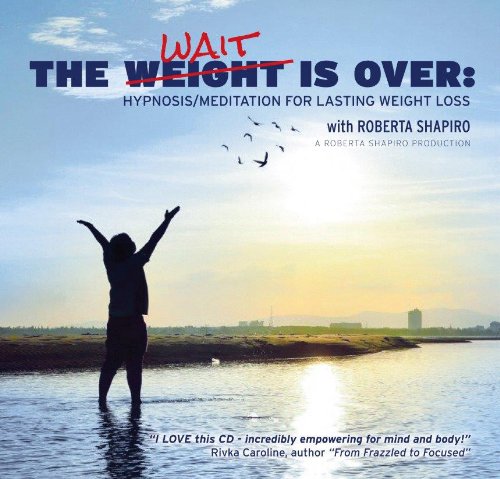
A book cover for The Calming Collection-The Weight is Over:Hypnosis/Meditation for Lasting Weight Loss**Guided Meditation and Hypnosis CD; Roberta Shapiro; Health, Fitness & Dieting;